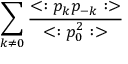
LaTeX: \sum _ { k \neq 0 } { \frac { < : p _ { k } p _ { - k } : > } { < : p _ { 0 } ^ { 2 } : > } }